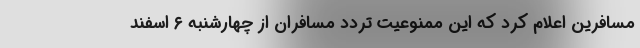
مسافرین اعلام کرد که این ممنوعیت تردد مسافران از چهارشنبه ۶ اسفند